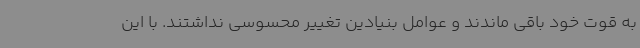
به قوت خود باقی ماندند و عوامل بنیادین تغییر محسوسی نداشتند. با این